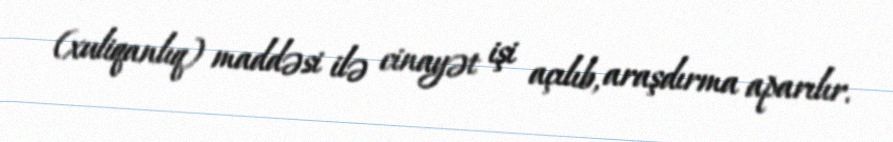
(xuliqanlıq) maddəsi ilə cinayət işi açılıb, araşdırma aparılır.